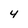
Character: 4